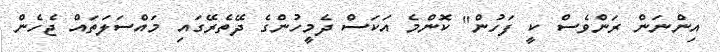
އިންނަން ރަންވެސް ކީ ފަހުން" ކޮންމެ އަކަސް ދެމީހުންގެ ދޭތެރޭގައި މައްސަލަތައް ޖެހެން